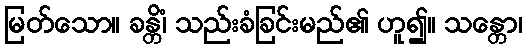
မြတ်သော။ ခန္တိံ၊ သည်းခံခြင်းမည်၏ ဟူ၍။ သန္တော၊